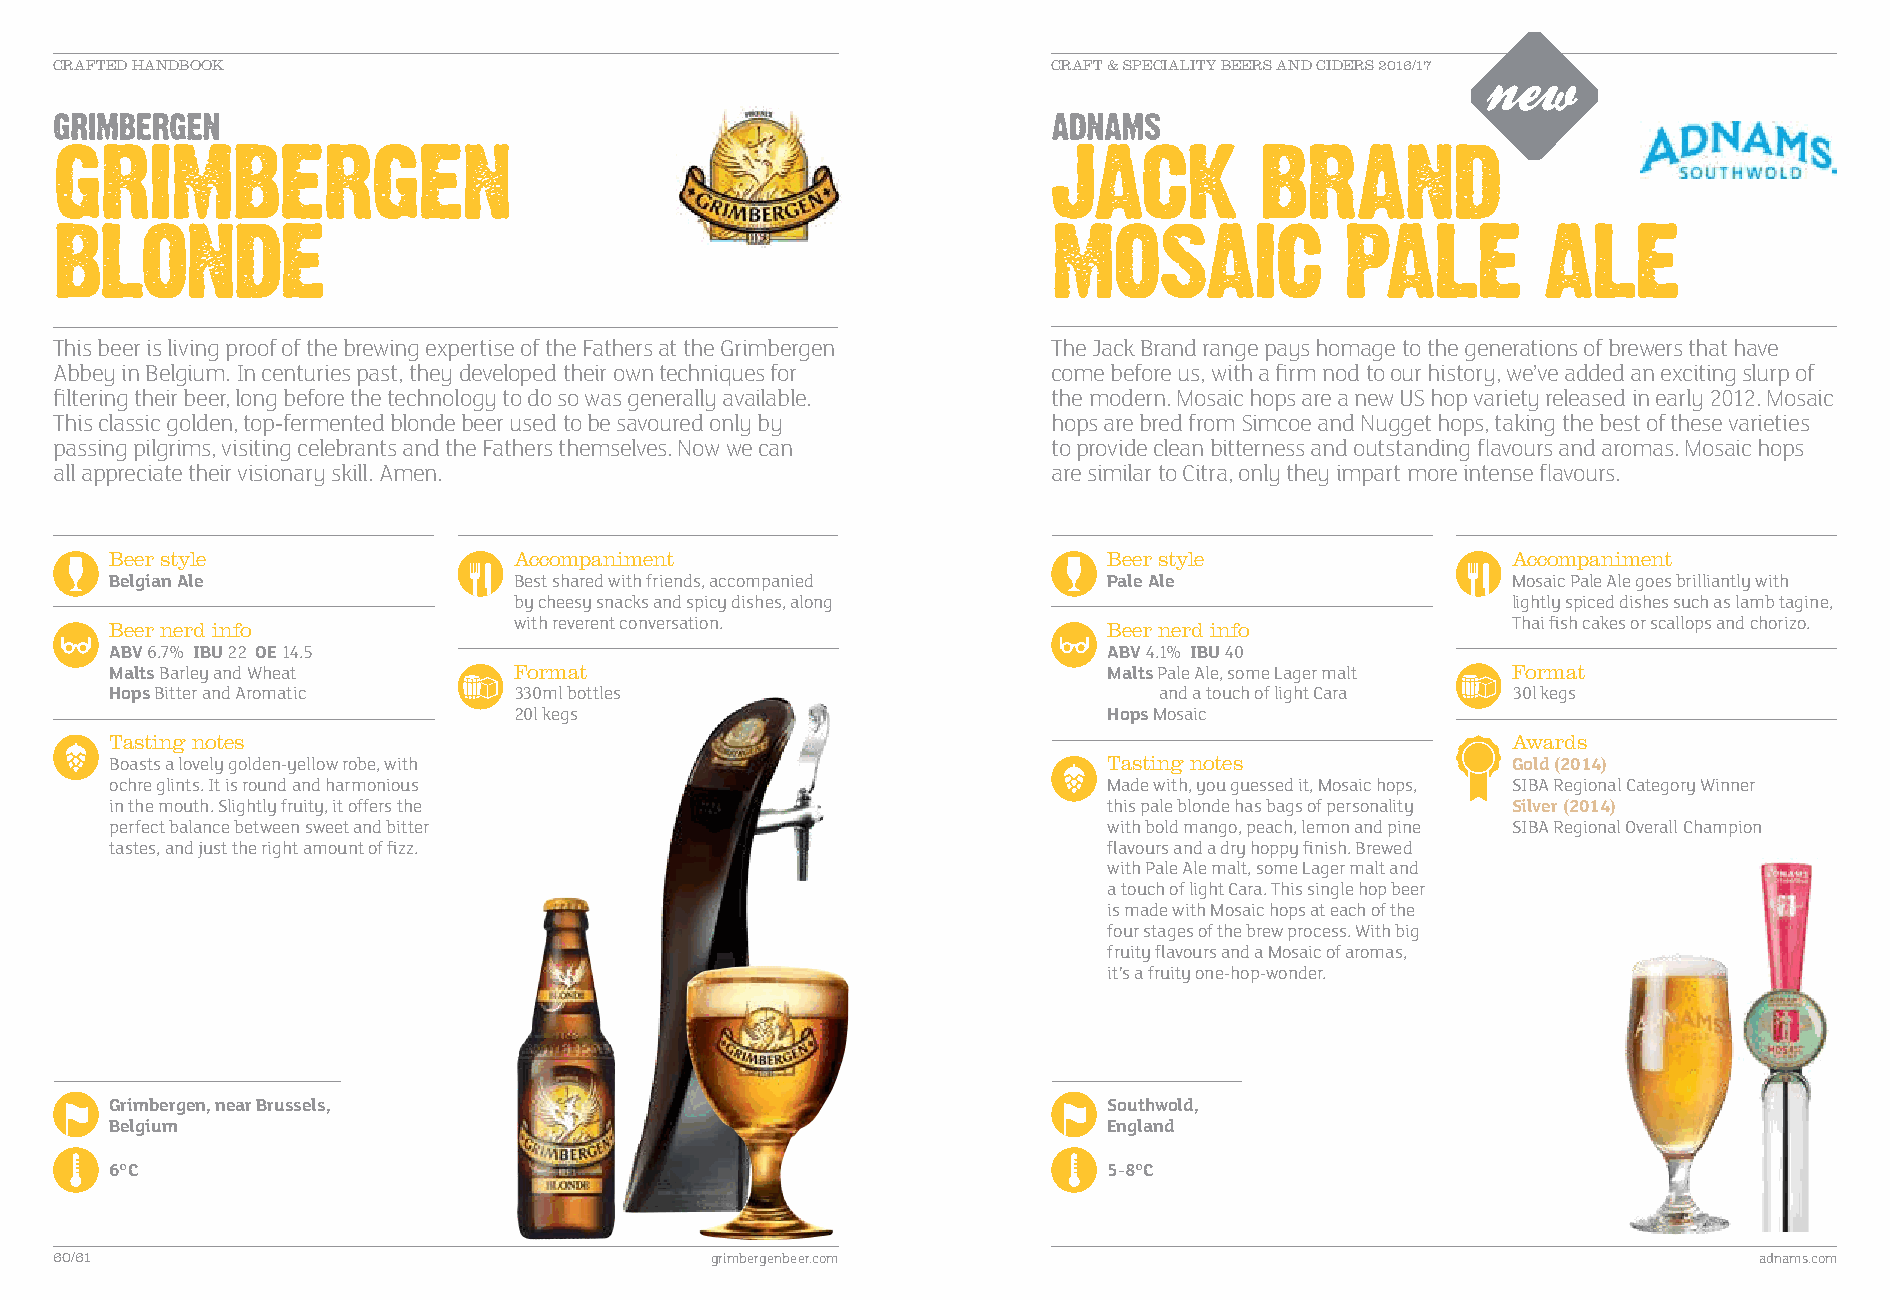
CRAFTED HANDBOOK                                                  CRAFT & SPECIALITY BEERS AND CIDERS 2016/17
 This beer is living proof of the brewing expertise of the Fathers at the Grimbergen The Jack Brand range pays homage to the generations of brewers that have
 Abbey in Belgium. In centuries past, they developed their own techniques for come before us, with a firm nod to our history, we’ve added an exciting slurp of
 filtering their beer, long before the technology to do so was generally available. the modern. Mosaic hops are a new US hop variety released in early 2012. Mosaic
 This classic golden, top-fermented blonde beer used to be savoured only by hops are bred from Simcoe and Nugget hops, taking the best of these varieties
 passing pilgrims, visiting celebrants and the Fathers themselves. Now we can to provide clean bitterness and outstanding flavours and aromas. Mosaic hops
 all appreciate their visionary skill. Amen.                       are similar to Citra, only they impart more intense flavours.
 Beer style                 Accompaniment                          Beer style                 Accompaniment
 Belgian Ale                Best shared with friends, accompanied  Pale Ale                   Mosaic Pale Ale goes brilliantly with
 by cheesy snacks and spicy dishes, along                          lightly spiced dishes such as lamb tagine,
 Beer nerd info             with reverent conversation.            Beer nerd info             Thai fish cakes or scallops and chorizo.
 ABV 6.7% IBU 22 OE 14.5                                           ABV 4.1% IBU 40
 Malts Barley and Wheat     Format                                 Malts Pale Ale, some Lager malt Format
 Hops B itter and Aromatic  330ml bottles                              and a touch of light Cara 30l kegs
 20l kegs                               Hops Mosaic
 Tasting notes                                                                                Awards
 Boasts a lovely golden-yellow robe, with                          Tasting notes              Gold (2014)
 ochre glints. It is round and harmonious                          Made with, you guessed it, Mosaic hops, SIBA Regional Category Winner
 in the mouth. Slightly fruity, it offers the                      this pale blonde has bags of personality Silver (2014)
 perfect balance between sweet and bitter                          with bold mango, peach, lemon and pine SIBA Regional Overall Champion
 tastes, and just the right amount of fizz.                        flavours and a dry hoppy finish. Brewed
 with Pale Ale malt, some Lager malt and
 a touch of light Cara. This single hop beer
 is made with Mosaic hops at each of the
 four stages of the brew process. With big
 fruity flavours and a Mosaic of aromas,
 it’s a fruity one-hop-wonder.
 G ri mbergen, near Brussels,                                      S outhwold,
 Belgium                                                           England
 6°C                                                               5-8°C
 60/61                                      grimbergenbeer.com                                                   adnams.com